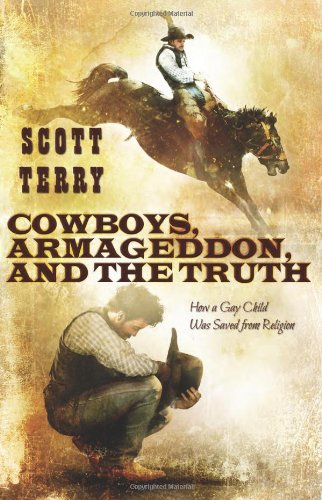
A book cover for Cowboys, Armageddon, and The Truth: How a Gay Child was Saved From Religion; Scott Terry; Christian Books & Bibles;